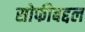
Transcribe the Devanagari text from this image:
सोफीबद्दल